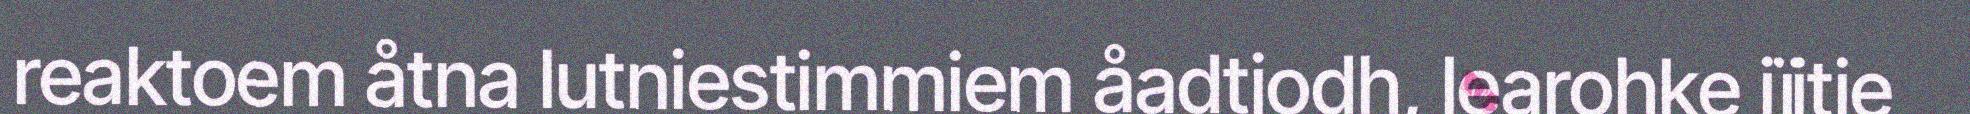
reaktoem åtna lutniestimmiem åadtjodh, learohke jïjtje